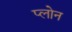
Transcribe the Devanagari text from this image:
प्लोन